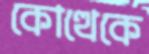
কোত্থেকে